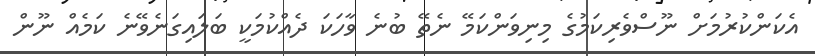
އެކަންކުރުމަށް ނޫސްވެރިކަމުގެ މިނިވަންކަމޭ ނެތޭ ބުނެ ވާހަކަ ދެއްކުމަކީ ބަލައިގަނެވޭނެ ކަމެއް ނޫން